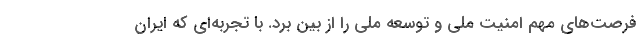
فرصت‌های مهم امنیت ملی و توسعه ملی را از بین برد. با تجربه‌ای که ایران